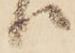
ハ